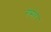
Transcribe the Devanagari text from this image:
गेसेर